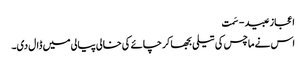
اعجاز عبید - سَمت
اس نے ماچس کی تیلی بجھا کر چائے کی خالی پیالی میں ڈال دی۔